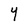
Character: Y